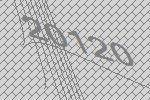
20120